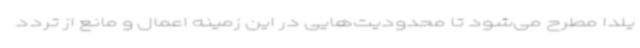
یلدا مطرح می‌شود تا محدودیت‌هایی در این زمینه اعمال و مانع از تردد